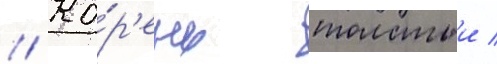
// Ко́р'ень толстыи /